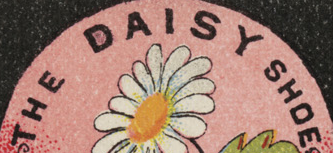
THE DAISY SHOE